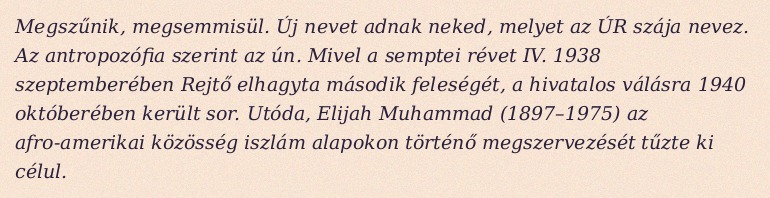
Megszűnik, megsemmisül. Új nevet adnak neked, melyet az ÚR szája nevez. Az antropozófia szerint az ún. Mivel a semptei révet IV. 1938 szeptemberében Rejtő elhagyta második feleségét, a hivatalos válásra 1940 októberében került sor. Utóda, Elijah Muhammad (1897–1975) az afro-amerikai közösség iszlám alapokon történő megszervezését tűzte ki célul.